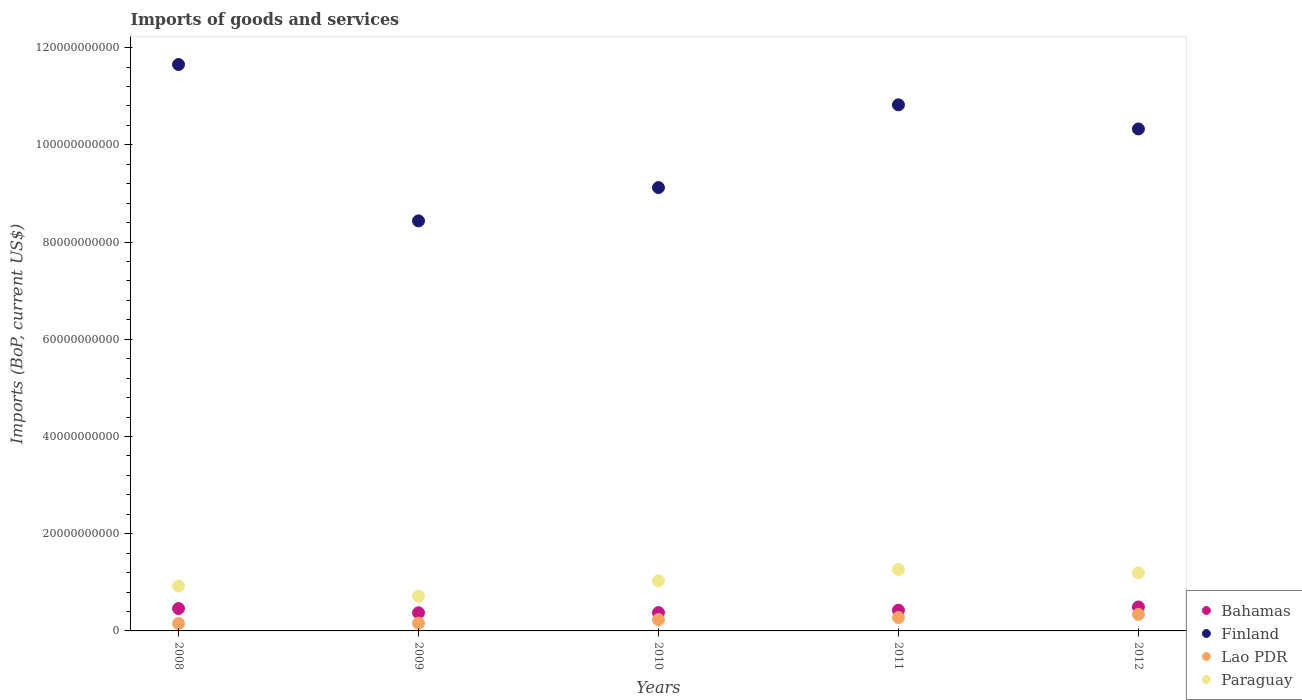
| Years | Bahamas | Finland | Lao PDR | Paraguay |
 | --- | --- | --- | --- | --- |
 | 2008 | 4.6e+09 | 1.17e+11 | 1.51e+09 | 9.24e+09 |
 | 2009 | 3.73e+09 | 8.43e+10 | 1.6e+09 | 7.14e+09 |
 | 2010 | 3.77e+09 | 9.12e+10 | 2.32e+09 | 1.03e+10 |
 | 2011 | 4.26e+09 | 1.08e+11 | 2.75e+09 | 1.26e+10 |
 | 2012 | 4.92e+09 | 1.03e+11 | 3.39e+09 | 1.19e+10 |